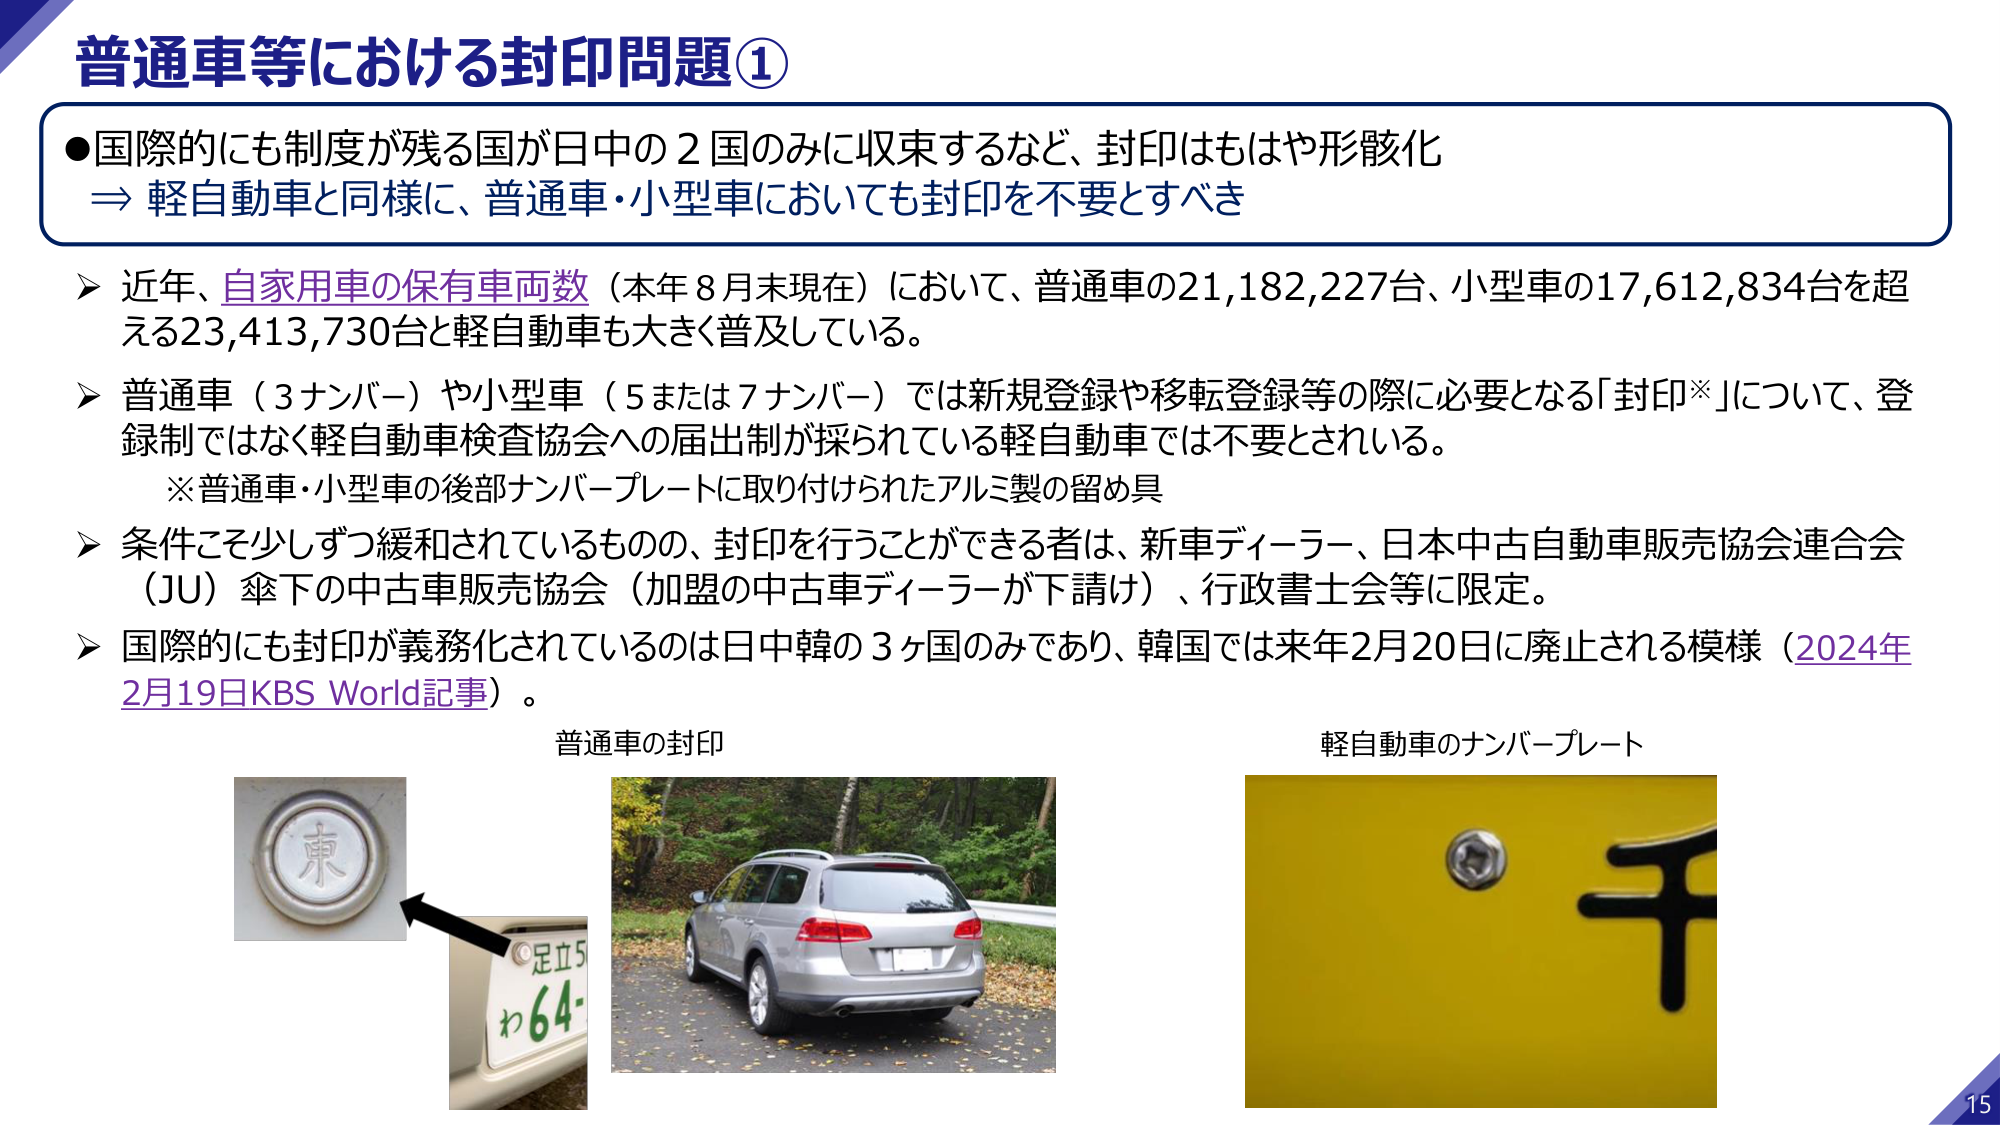
普通車等における封印問題①

●国際的にも制度が残る国が日中の２国のみに収束するなど、封印はもはや形骸化
⇒ 軽自動車と同様に、普通車・小型車においても封印を不要とすべき

▶ 近年、自家用車の保有車両数（本年８月末現在）において、普通車の21,182,227台、小型車の17,612,834台を超える23,413,730台と軽自動車も大きく普及している。

▶ 普通車（3ナンバー）や小型車（5または7ナンバー）では新規登録や移転登録等の際に必要となる「封印※」について、登録制ではなく軽自動車検査協会への届出制が採られている軽自動車では不要とされている。
※普通車・小型車の後部ナンバープレートに取り付けられたアルミ製の留め具

▶ 条件こそ少しずつ緩和されているものの、封印を行うことができる者は、新車ディーラー、日本中古自動車販売協会連合会（JU）傘下の中古車販売協会（加盟の中古車ディーラーが下請け）、行政書士会等に限定。

▶ 国際的にも封印が義務化されているのは日中韓の3ヶ国のみであり、韓国では来年2月20日に廃止される模様（2024年2月19日KBS World記事）。

普通車の封印
軽自動車のナンバープレート

東
足立5
わ64-
千

15